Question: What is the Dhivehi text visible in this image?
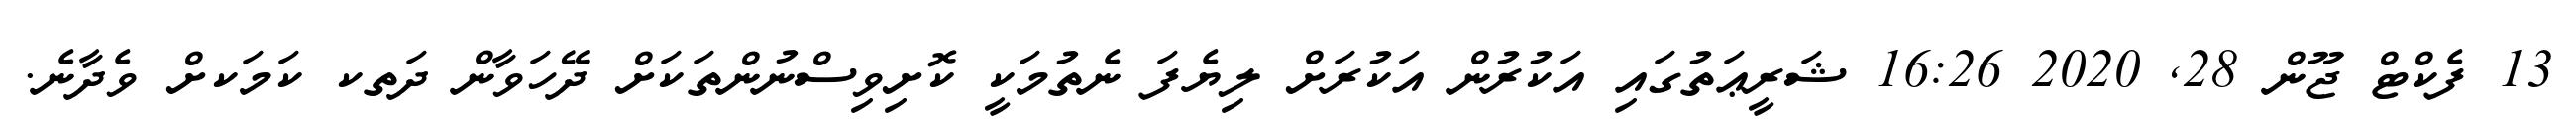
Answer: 13 ފެކްޓް ޖޫން 28, 2020 16:26 ޝަރީޢަތުގައި އަކުރުން އަކުރަށް ލިޔެފަ ނެތުމަކީ ކޮށިވިސްނުންތަކަށް ދޭހަވާން ދަތކ ކަމަކށް ވެދާނެ.